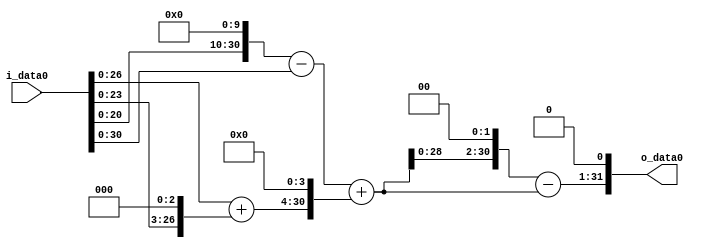
module multiplier_block (
    i_data0,
    o_data0
);

  // Port mode declarations:
  input   [31:0] i_data0;
  output  [31:0]
    o_data0;

  //Multipliers:

  wire [31:0]
    w1,
    w1024,
    w1023,
    w8,
    w9,
    w144,
    w1167,
    w4668,
    w3501,
    w7002;

  assign w1 = i_data0;
  assign w1023 = w1024 - w1;
  assign w1024 = w1 << 10;
  assign w1167 = w1023 + w144;
  assign w144 = w9 << 4;
  assign w3501 = w4668 - w1167;
  assign w4668 = w1167 << 2;
  assign w7002 = w3501 << 1;
  assign w8 = w1 << 3;
  assign w9 = w1 + w8;

  assign o_data0 = w7002;

  //multiplier_block area estimate = 6795.83517920735;
endmodule